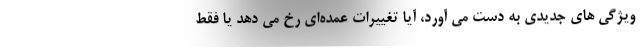
ویژگی های جدیدی به دست می آورد، آیا تغییرات عمده‌ای رخ می دهد یا فقط